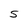
Character: 5